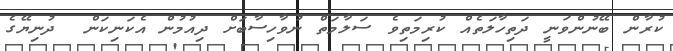
ކުރާން ބޭނުންވަނީ ދަތިހާލަތެއް ކުރިމަތިވެ ސަލާމަތް ނުވާހިސާބަށް ދިއުމުން އެކަނިކަން  ދުނިޔޭގެ